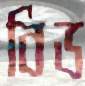
বিড